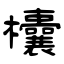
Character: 欜